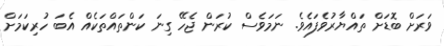
ވަރަށް ބޮޑަށް ތައްޔާރުވެފައެވެ. ނަމަވެސް ކުރަން ޖެހޭ ގިނަ ކަންތައްތަކެއް އެބަ ހުރިކަމަށް